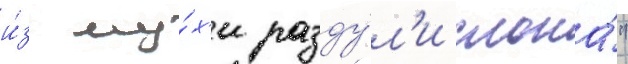
и́з му́х'и разду́л'и слона́"